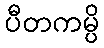
ပီတကမ္ပိ